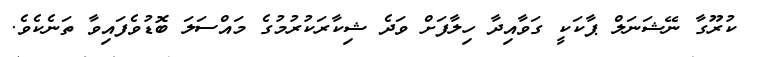
ކުރޫގާ ނޭޝަނަލް ޕާކަކީ ގަވާއިދާ ހިލާފަށް ވަދެ ޝިކާރަކުރުމުގެ މައްސަލަ ބޮޑުވެފައިވާ ތަނެކެވެ.